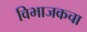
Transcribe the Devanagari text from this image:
विभाजकचा